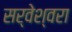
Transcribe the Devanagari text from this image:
सर्वेश्वरा